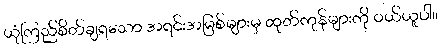
ယုံကြည်စိတ်ချရသော အရင်းအမြစ်များမှ ထုတ်ကုန်များကို ဝယ်ယူပါ။